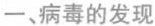
一、病毒的发现